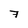
Character: 7